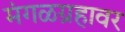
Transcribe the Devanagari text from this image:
मंगळग्रहावर